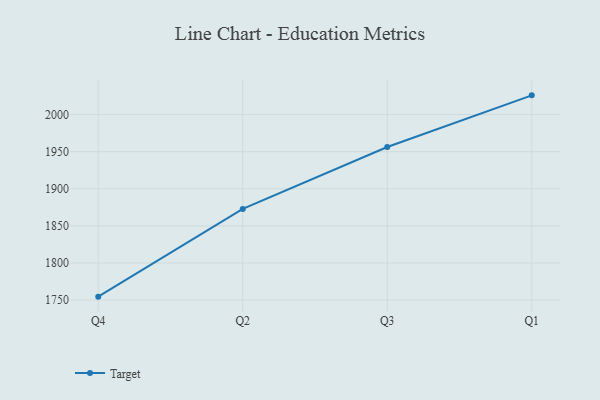
{"axis": {"x": "Quarter", "y": "Bounce Rate (%)"}, "legend": ["Target"], "data": [{"x": "Q4", "y": 1754.6, "type": "Target"}, {"x": "Q2", "y": 1872.8, "type": "Target"}, {"x": "Q3", "y": 1956.3, "type": "Target"}, {"x": "Q1", "y": 2025.9, "type": "Target"}]}